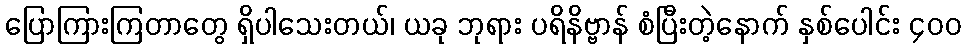
ပြောကြားကြတာတွေ ရှိပါသေးတယ်၊ ယခု ဘုရား ပရိနိဗ္ဗာန် စံပြီးတဲ့နောက် နှစ်ပေါင်း ၄၀၀